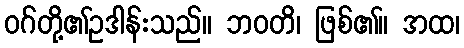
ဝဂ်တို့၏ဥဒါန်းသည်။ ဘဝတိ၊ ဖြစ်၏။ အထ၊